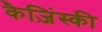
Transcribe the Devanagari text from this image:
कैज़िंस्की